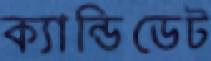
ক্যান্ডিডেট